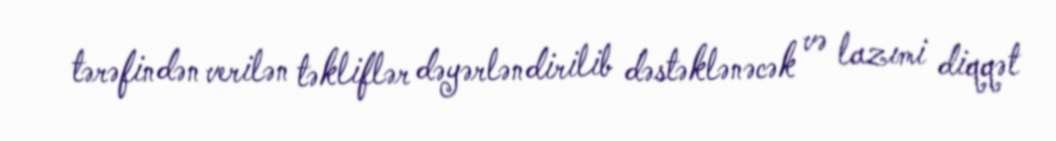
tərəfindən verilən təkliflər dəyərləndirilib dəstəklənəcək və lazımi diqqət